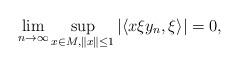
LaTeX: \begin{align*}\lim_{n \to \infty} \sup_{x \in M, \| x \| \leq 1} | \langle x \xi y_n, \xi \rangle | = 0,\end{align*}